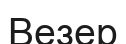
Везер